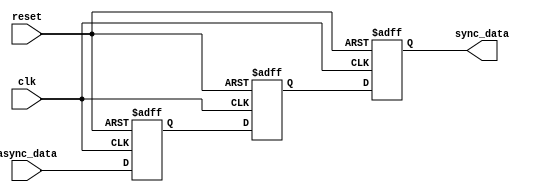
module master_slave_synchronizer (
    input wire clk,       // Clock input
    input wire reset,     // Reset input (optional)
    input wire async_data, // Asynchronous data input
    output reg sync_data    // Synchronized data output
);
    
    reg master_ff;        // Master flip-flop output
    reg slave_ff;         // Slave flip-flop output

    // Master Flip-Flop: samples async_data on the falling edge of the clock
    always @(negedge clk or posedge reset) begin
        if (reset) begin
            master_ff <= 1'b0; // Initialize master FF to 0 on reset
        end else begin
            master_ff <= async_data; // Capture async_data
        end
    end

    // Slave Flip-Flop: samples master_ff on the rising edge of the clock
    always @(posedge clk or posedge reset) begin
        if (reset) begin
            slave_ff <= 1'b0; // Initialize slave FF to 0 on reset
        end else begin
            slave_ff <= master_ff; // Capture master_ff output
        end
    end

    // Assign synchronized output
    always @(posedge clk or posedge reset) begin
        if (reset) begin
            sync_data <= 1'b0; // Initialize sync_data to 0 on reset
        end else begin
            sync_data <= slave_ff; // Provide synchronized output
        end
    end 
endmodule